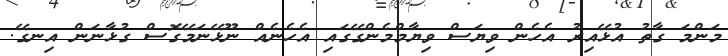
މަންމަ ގާތު އުޅޭއިރު އެހެން ވިޔަސް ވިޔާމްމެންގޭގައި އެހެނެއް ނޫޅޭނަމޭގޮސް ގުޅާނަން އިނގޭ.